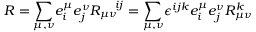
R = { \displaystyle \sum _ { \mu , \nu } } e _ { i } ^ { \mu } e _ { j } ^ { \nu } R _ { \mu \nu } ^ { \quad i j } = { \displaystyle \sum _ { \mu , \nu } } \epsilon ^ { i j k } e _ { i } ^ { \mu } e _ { j } ^ { \nu } R _ { \mu \nu } ^ { k }